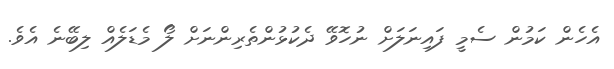
އެހެން ކަމުން ސެމީ ފައިނަލަށް ނުހޮވޭ ދެކުޅުންތެރިންނަށް ލޯ މެޑަލެއް ލިބޭނެ އެވެ.